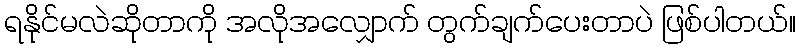
ရနိုင်မလဲဆိုတာကို အလိုအလျှောက် တွက်ချက်ပေးတာပဲ ဖြစ်ပါတယ်။